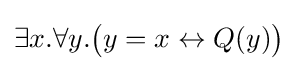
\exists x.\forall y.{\big (}y=x\leftrightarrow Q(y){\big )}